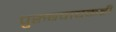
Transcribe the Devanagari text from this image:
पुरुषवाचकही